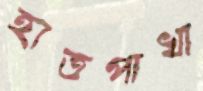
হাতপাখা